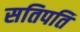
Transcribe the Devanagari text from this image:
सतिपति